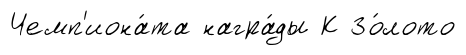
Чемп'иона́та награ́ды К Зо́лото